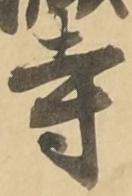
寺